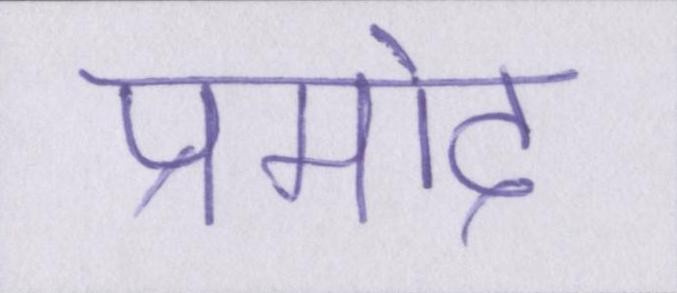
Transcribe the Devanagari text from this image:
प्रमोद